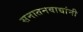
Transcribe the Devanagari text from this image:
सनातनवाद्यांनी